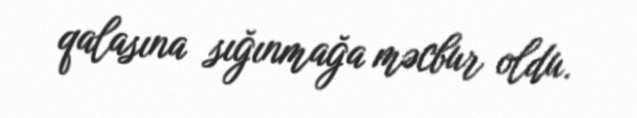
qalasına sığınmağa məcbur oldu.